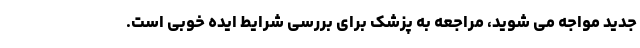
جدید مواجه می شوید، مراجعه به پزشک برای بررسی شرایط ایده خوبی است.